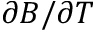
\partial B / \partial T